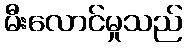
မီးလောင်မှုသည်